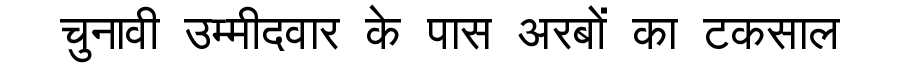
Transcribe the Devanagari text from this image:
चुनावी उम्मीदवार के पास अरबों का टकसाल